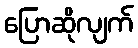
ပြောဆိုလျက်